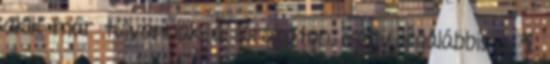
akik már túlvannak a sorozaton, vagy legalábbis a 4.